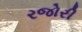
રજોરી